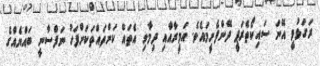
ރަގަޅުވީ އޭނަ ސައިކޯތެރަޕީ ދޭންފެށީމައެވެ. އަމީރާއާއި ދިމާވި އެތައް ކަންތައްތަކަށްފަހު ނަފްސާނީ ބައްޔެއްގެ